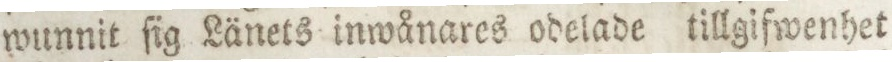
wunnit ſig Länets inwånares odelade tillgifwenhet